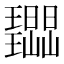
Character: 𭺔